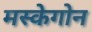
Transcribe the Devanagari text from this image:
मस्केगोन